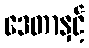
ဒေတာနှင့်